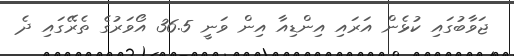
ޖަވާބުގައި ކުޅެން އަރައި އިންޑިއާ އިން ވަނީ 36.5 އޯވަރުގެ ތެރޭގައި ދެ